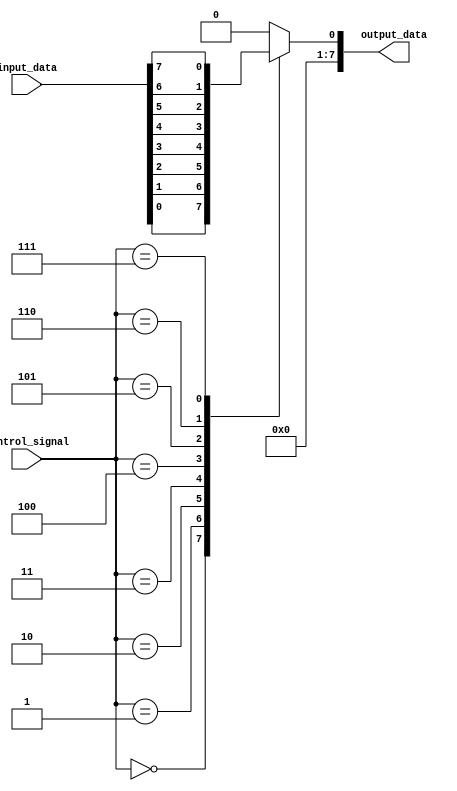
module io_block_switch (
    input wire [7:0] input_data,
    input wire [3:0] control_signal,
    output reg [7:0] output_data
);

always @ (control_signal) begin
    case (control_signal)
        4'b0000: output_data = input_data[0]; // Select input 0
        4'b0001: output_data = input_data[1]; // Select input 1
        4'b0010: output_data = input_data[2]; // Select input 2
        4'b0011: output_data = input_data[3]; // Select input 3
        4'b0100: output_data = input_data[4]; // Select input 4
        4'b0101: output_data = input_data[5]; // Select input 5
        4'b0110: output_data = input_data[6]; // Select input 6
        4'b0111: output_data = input_data[7]; // Select input 7
        default: output_data = 8'h00; // Default value
    endcase
end

endmodule